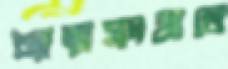
আত্মসংঘাতে